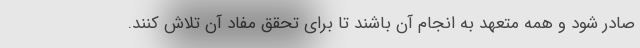
صادر شود و همه متعهد به انجام آن باشند تا برای تحقق مفاد آن تلاش کنند.